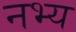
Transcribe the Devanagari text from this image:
नभ्य